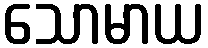
သောမာယ